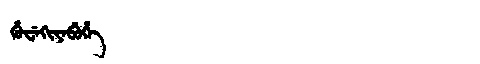
Manchu: ᡥᡠᠸᡝᡴᡳᠶᡝᠪᡠᡥᡝ
Romanization: HUWEKIYEBUHE